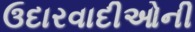
ઉદારવાદીઓની